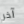
آخر